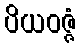
ပိယဝဇ္ဇံ